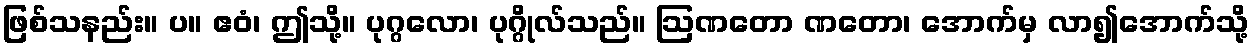
ဖြစ်သနည်း။ ပ။ ဧဝံ၊ ဤသို့။ ပုဂ္ဂလော၊ ပုဂ္ဂိုလ်သည်။ ဩဏတော ဏတော၊ အောက်မှ လာ၍အောက်သို့